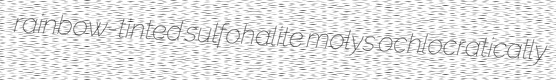
rainbow-tinted sulfohalite molys ochlocratically